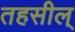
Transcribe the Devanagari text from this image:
तहसील्